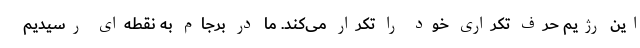
این رژیم حرف تکراری خود را تکرار می‌کند. ما در برجام به نقطه‌ای رسیدیم